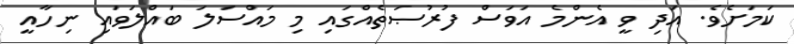
ކަމަށެވެ. އަދި ވީ އެންމެ އަވަސް ފުރުޞަތެއްގައި މި މައްސަލަ ބައްލަވައި ނިހާއީ